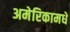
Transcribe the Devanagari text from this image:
अमेरिकामधे